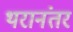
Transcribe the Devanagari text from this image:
थरानंतर